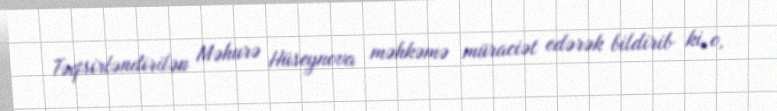
Təqsirləndirilən Məhurə Hüseynova məhkəmə müraciət edərək bildirib ki, o,